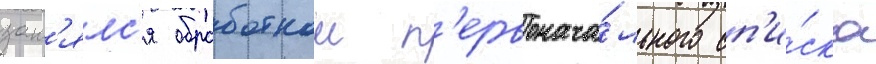
зан'ялс'я обработкои п'ервонача́льного сп'и́ска